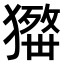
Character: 𤢋